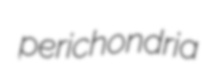
perichondria